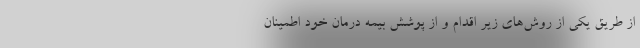
از طریق یکی از روش‌های زیر اقدام و از پوشش بیمه درمان خود اطمینان